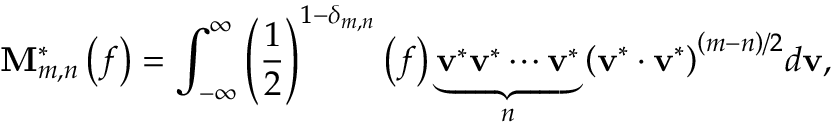
{ \bf { M } } _ { m , n } ^ { * } \left( f \right) = \int _ { - \infty } ^ { \infty } { { { \left( { \frac { 1 } { 2 } } \right) } ^ { 1 - { \delta _ { m , n } } } } \left( f \right) \underbrace { { { \bf { v } } ^ { * } } { { \bf { v } } ^ { * } } \cdots { { \bf { v } } ^ { * } } } _ { n } { { \left( { { { \bf { v } } ^ { * } } \cdot { { \bf { v } } ^ { * } } } \right) } ^ { \left( { m - n } \right) / 2 } } d { \bf { v } } } ,